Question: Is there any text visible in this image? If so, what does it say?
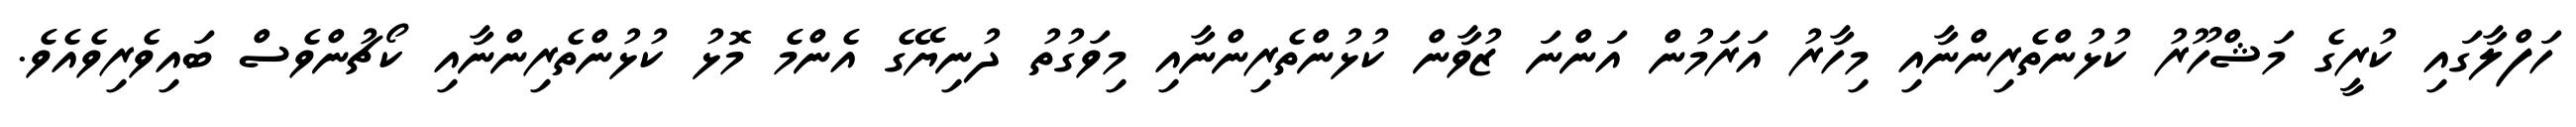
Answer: ހަފްލާގައި ކުރީގެ މަޝްހޫރު ކުޅުންތެރިންނާއި މިހާރު އަރަމުން އަންނަ ޒުވާން ކުޅުންތެރިންނާއި މިވަގުތު ދުނިޔޭގެ އެންމެ މޮޅު ކުޅުންތެރިންނާއި ކޯޗުންވެސް ބައިވެރިވެއެވެ.